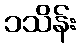
၁သိန်း